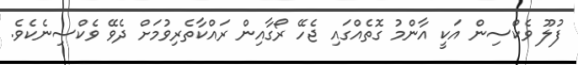
ފުލޫ ވެކްސިން އަކީ އާންމު ގޮތެއްގައި ޖެހޭ ރޯގާއިން ރައްކާތެރިވުމަށް ދެވޭ ވެކްސިނެކެވެ.